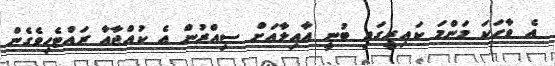
އެ ވާހަކަ މަންމަ ކައިރީގައި ބުނީ އާއިލާއަށް ސިއްރުން އެ ކުއްޖާއާ ރައްޓެހިވެގެން